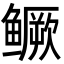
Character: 鳜